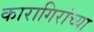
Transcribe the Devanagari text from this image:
कारागिरांच्या